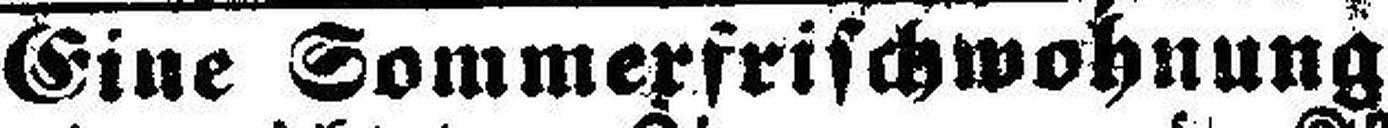
Eine Sommerfrischwohnung